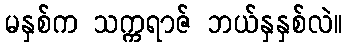
မနှစ်က သက္ကရာဇ် ဘယ်နှနှစ်လဲ။